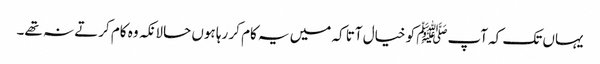
یہاں تک کہ آپﷺ کو خیال آتا کہ میں یہ کام کر رہا ہوں حالانکہ وہ کام کرتے نہ تھے۔